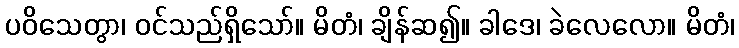
ပဝိသေတွာ၊ ဝင်သည်ရှိသော်။ မိတံ၊ ချိန်ဆ၍။ ခါဒေ၊ ခဲလေလော။ မိတံ၊